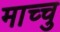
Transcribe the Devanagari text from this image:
माच्चु